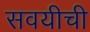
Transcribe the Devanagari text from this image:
सवयीची